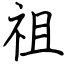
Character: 祖